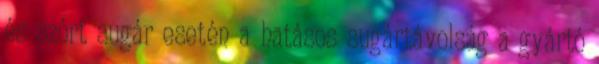
és szórt sugár esetén a hatásos sugártávolság a gyártó